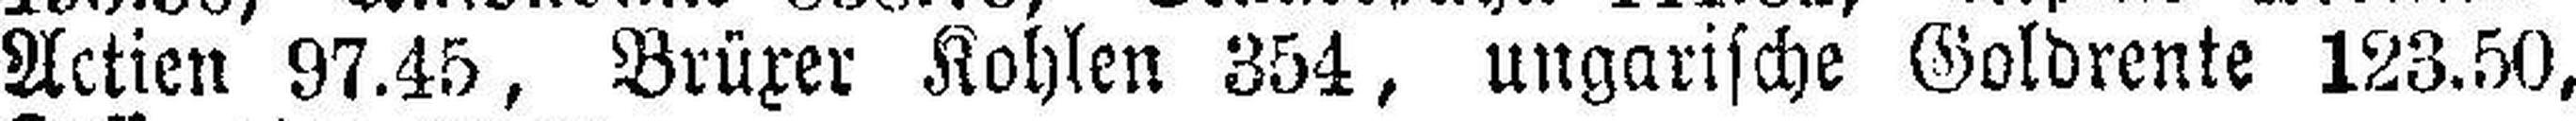
Actien 97.45, Brüxer Kohlen 354, ungarische Goldrente 123.50,